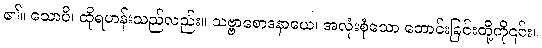
၏။ သောပိ၊ ထိုရဟန်းသည်လည်း။ သဗ္ဗာစောဒနာယေ၊ အလုံးစုံသော တောင်းခြင်းတို့ကို၎င်း။